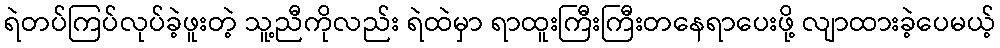
ရဲတပ်ကြပ်လုပ်ခဲ့ဖူးတဲ့ သူ့ညီကိုလည်း ရဲထဲမှာ ရာထူးကြီးကြီးတနေရာပေးဖို့ လျာထားခဲ့ပေမယ့်